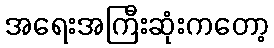
အရေးအကြီးဆုံးကတော့